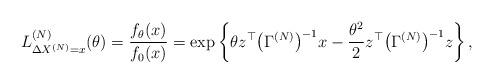
LaTeX: \begin{align*}L^{(N)}_{\Delta X^{(N)} = x}(\theta)= \frac{f_{\theta} (x)}{f_{0} (x)}= \exp\left\{\theta z^\top \bigl(\Gamma^{(N)}\bigr)^{-1} x -\frac{\theta^2}{2} z^\top \bigl(\Gamma^{(N)}\bigr)^{-1} z\right\} ,\end{align*}